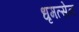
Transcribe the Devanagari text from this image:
धृमत्सेन